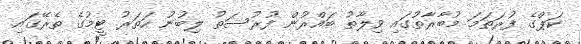
ކަޕްގެ ފުރަތަމަ މުބާރާތުގައި ވިލާތު ބައްރުން ފުރުސަތު ލިބުނު ހަތަރު ޓީމުގެ ތެރޭގައި